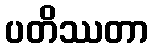
ပတိဿတာ